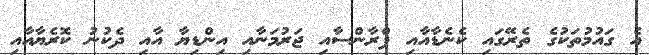
އެ ގައުމުތަކުގެ ތެރޭގައި ކެނެޑާއާއި ފްރާންސާއި ޖަރުމަނާއި އިންޑިޔާ އާއި ދެކުނު ކޮރެޔާއާއި